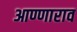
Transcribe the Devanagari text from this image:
आण्णाराव